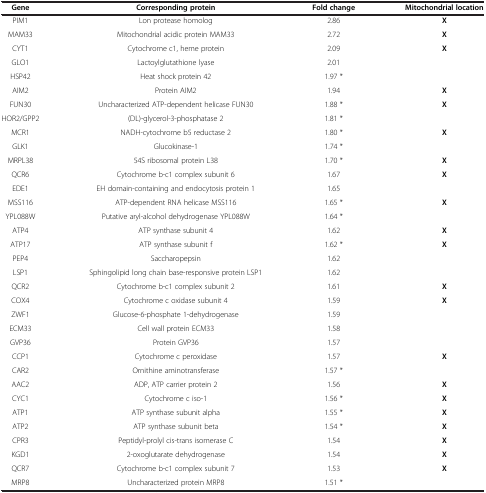
<table><thead><tr><td><b>Gene</b></td><td><b>Corresponding protein</b></td><td><b>Fold change</b></td><td><b>Mitochondrial location</b></td></tr></thead><tbody><tr><td>PIM1</td><td>Lon protease homolog</td><td>2.86</td><td><b>X</b></td></tr><tr><td>MAM33</td><td>Mitochondrial acidic protein MAM33</td><td>2.72</td><td><b>X</b></td></tr><tr><td>CYT1</td><td>Cytochrome c1, heme protein</td><td>2.09</td><td><b>X</b></td></tr><tr><td>GLO1</td><td>Lactoylglutathione lyase</td><td>2.01</td><td> </td></tr><tr><td>HSP42</td><td>Heat shock protein 42</td><td>1.97 *</td><td> </td></tr><tr><td>AIM2</td><td>Protein AIM2</td><td>1.94</td><td><b>X</b></td></tr><tr><td>FUN30</td><td>Uncharacterized ATP-dependent helicase FUN30</td><td>1.88 *</td><td><b>X</b></td></tr><tr><td>HOR2/GPP2</td><td>(DL)-glycerol-3-phosphatase 2</td><td>1.81 *</td><td> </td></tr><tr><td>MCR1</td><td>NADH-cytochrome b5 reductase 2</td><td>1.80 *</td><td><b>X</b></td></tr><tr><td>GLK1</td><td>Glucokinase-1</td><td>1.74 *</td><td> </td></tr><tr><td>MRPL38</td><td>54S ribosomal protein L38</td><td>1.70 *</td><td><b>X</b></td></tr><tr><td>QCR6</td><td>Cytochrome b-c1 complex subunit 6</td><td>1.67</td><td><b>X</b></td></tr><tr><td>EDE1</td><td>EH domain-containing and endocytosis protein 1</td><td>1.65</td><td> </td></tr><tr><td>MSS116</td><td>ATP-dependent RNA helicase MSS116</td><td>1.65 *</td><td><b>X</b></td></tr><tr><td>YPL088W</td><td>Putative aryl-alcohol dehydrogenase YPL088W</td><td>1.64 *</td><td> </td></tr><tr><td>ATP4</td><td>ATP synthase subunit 4</td><td>1.62</td><td><b>X</b></td></tr><tr><td>ATP17</td><td>ATP synthase subunit f</td><td>1.62 *</td><td><b>X</b></td></tr><tr><td>PEP4</td><td>Saccharopepsin</td><td>1.62</td><td> </td></tr><tr><td>LSP1</td><td>Sphingolipid long chain base-responsive protein LSP1</td><td>1.62</td><td> </td></tr><tr><td>QCR2</td><td>Cytochrome b-c1 complex subunit 2</td><td>1.61</td><td><b>X</b></td></tr><tr><td>COX4</td><td>Cytochrome c oxidase subunit 4</td><td>1.59</td><td><b>X</b></td></tr><tr><td>ZWF1</td><td>Glucose-6-phosphate 1-dehydrogenase</td><td>1.59</td><td> </td></tr><tr><td>ECM33</td><td>Cell wall protein ECM33</td><td>1.58</td><td> </td></tr><tr><td>GVP36</td><td>Protein GVP36</td><td>1.57</td><td> </td></tr><tr><td>CCP1</td><td>Cytochrome c peroxidase</td><td>1.57</td><td><b>X</b></td></tr><tr><td>CAR2</td><td>Ornithine aminotransferase</td><td>1.57 *</td><td> </td></tr><tr><td>AAC2</td><td>ADP, ATP carrier protein 2</td><td>1.56</td><td><b>X</b></td></tr><tr><td>CYC1</td><td>Cytochrome c iso-1</td><td>1.56 *</td><td><b>X</b></td></tr><tr><td>ATP1</td><td>ATP synthase subunit alpha</td><td>1.55 *</td><td><b>X</b></td></tr><tr><td>ATP2</td><td>ATP synthase subunit beta</td><td>1.54 *</td><td><b>X</b></td></tr><tr><td>CPR3</td><td>Peptidyl-prolyl cis-trans isomerase C</td><td>1.54</td><td><b>X</b></td></tr><tr><td>KGD1</td><td>2-oxoglutarate dehydrogenase</td><td>1.54</td><td><b>X</b></td></tr><tr><td>QCR7</td><td>Cytochrome b-c1 complex subunit 7</td><td>1.53</td><td><b>X</b></td></tr><tr><td>MRP8</td><td>Uncharacterized protein MRP8</td><td>1.51 *</td><td> </td></tr></tbody></table>